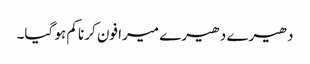
دھیرے دھیرے میرا فون کرنا کم ہو گیا۔